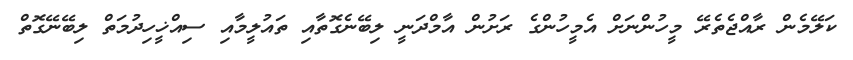
ކަލޭމެން ރާއްޖެތެރޭ މީހުންނަށް އެމީހުންގެ ރަށުން އާމްދަނީ ލިބޭނެގޮތާއި ތައުލީމާއި ސިއްޚީހިދުމަތް ލިބޭނޭގޮތް